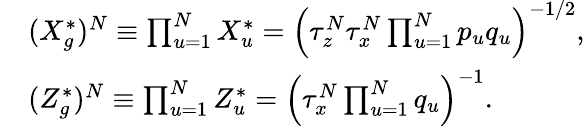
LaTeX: \begin{array}{rl}&{(X_{g}^{*})^{N}\equiv\prod_{u=1}^{N}X_{u}^{*}=\left(\tau_{z}^{N}\tau_{x}^{N}\prod_{u=1}^{N}p_{u}q_{u}\right)^{-1/2},}\\ &{(Z_{g}^{*})^{N}\equiv\prod_{u=1}^{N}Z_{u}^{*}=\left(\tau_{x}^{N}\prod_{u=1}^{N}q_{u}\right)^{-1}.}\end{array}